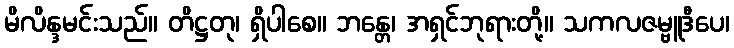
မိလိန္ဒမင်းသည်။ တိဋ္ဌတု၊ ရှိပါစေ။ ဘန္တေ၊ အရှင်ဘုရားတို့။ သကလဇမ္ဗူဒီပေ၊